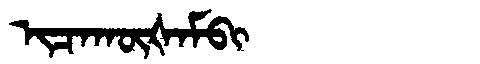
Manchu: ᡳᠴᠠᡴᡡᡧᠠᠮᠪᡳ
Romanization: ICAKŪŠAMBI